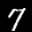
Label: 7